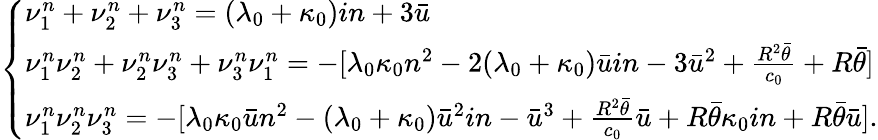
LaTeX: \left\{ \begin{array}{ll}{\nu_{1}^{n}+\nu_{2}^{n}+\nu_{3}^{n}=(\lambda_{0}+\kappa_{0})in+3\bar{u}}\\ {\nu_{1}^{n}\nu_{2}^{n}+\nu_{2}^{n}\nu_{3}^{n}+\nu_{3}^{n}\nu_{1}^{n}=-[\lambda_{0}\kappa_{0}n^{2}-2(\lambda_{0}+\kappa_{0})\bar{u}in-3\bar{u}^{2}+\frac{R^{2}\bar{\theta}}{c_{0}}+R\bar{\theta}]}\\ {\nu_{1}^{n}\nu_{2}^{n}\nu_{3}^{n}=-[\lambda_{0}\kappa_{0}\bar{u}n^{2}-(\lambda_{0}+\kappa_{0})\bar{u}^{2}in-\bar{u}^{3}+\frac{R^{2}\bar{\theta}}{c_{0}}\bar{u}+R\bar{\theta}\kappa_{0}in+R\bar{\theta}\bar{u}].}\end{array}\right.